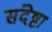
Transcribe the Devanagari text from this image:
संदेष्टा